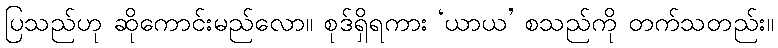
ပြသည်ဟု ဆိုကောင်းမည်လော။ စုဒ်ရှိရကား ‘ယာယ’ စသည်ကို တက်သတည်း။